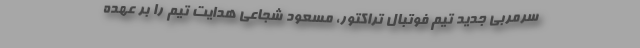
سرمربی جدید تیم فوتبال تراکتور، مسعود شجاعی هدایت تیم را بر عهده